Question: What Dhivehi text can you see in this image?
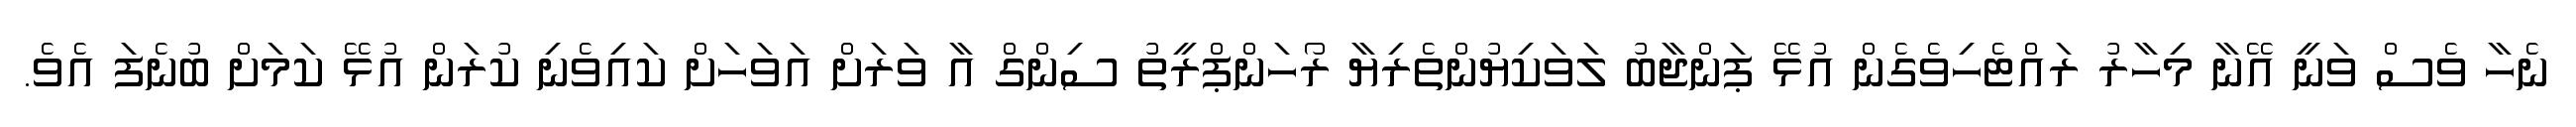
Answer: ނެހާ ވެސް ވަނީ އޭނާ މިހާރު ރައްޓެހިވެގެން އުޅޭ ޕަންޖާބު ލަވަކިޔުންތެރިޔާ ރޯހަންޕްރީތު ސިންގް އާ ވަރަށް އަވަހަށް ކައިވެނި ކުރަން އުޅޭ ކަމަށް ބުނެފަ އެވެ.